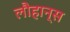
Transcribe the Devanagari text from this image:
लौहान्स